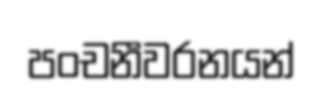
පංචනීවරනයන්